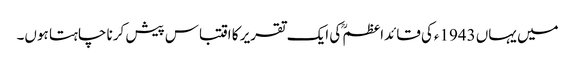
میں یہاں 1943ءکی قائداعظمؒ کی ایک تقریر کا اقتباس پیش کرنا چاہتا ہوں۔